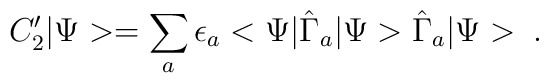
C'_{2}|\Psi>=\sum_{a}\epsilon_{a}<\Psi|\hat{\Gamma}_{a}|\Psi>\hat{\Gamma}_{a}|\Psi> \;.